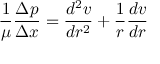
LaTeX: { \frac { 1 } { \mu } } { \frac { \Delta p } { \Delta x } } = { \frac { d ^ { 2 } v } { d r ^ { 2 } } } + { \frac { 1 } { r } } { \frac { d v } { d r } }